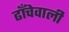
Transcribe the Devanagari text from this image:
ढाँचेवाली